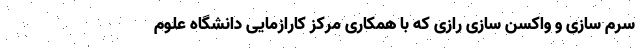
سرم سازی و واکسن سازی رازی که با همکاری مرکز کارازمایی دانشگاه علوم